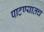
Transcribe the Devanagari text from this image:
पाटण्यातच